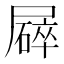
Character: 𡳥